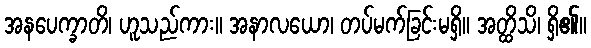
အနပေက္ခာတိ၊ ဟူသည်ကား။ အနာလယော၊ တပ်မက်ခြင်းမရှိ။ အတ္ထိသိ၊ ရှိ၏။